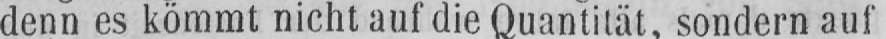
denn es kömmt nicht auf die Quantität, sondern auf